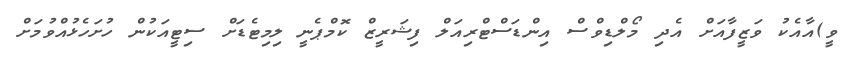
ވީ)އާއެކު ވަޒީފާއަށް އެދި މޯލްޑިވްސް އިންޑަސްޓްރިއަލް ފިޝަރީޒް ކޮމްޕެނީ ލިމިޓެޑަށް ސިޓީއަކުން ހުށަހެޅުއްވުމަށް